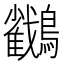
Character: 𪇲